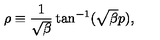
\rho \equiv \frac { 1 } { \sqrt { \beta } } \tan ^ { - 1 } ( \sqrt { \beta } p ) ,